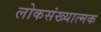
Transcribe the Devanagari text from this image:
लोकसंख्यात्मक